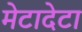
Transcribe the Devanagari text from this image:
मेटादेटा